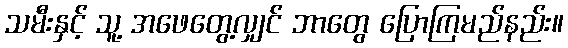
သမီးနှင့် သူ့ အဖေတွေ့လျှင် ဘာတွေ ပြောကြမည်နည်း။